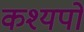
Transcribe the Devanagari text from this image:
कश्यपों